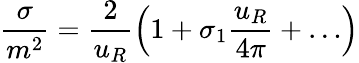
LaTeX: \frac{\sigma}{m^{2}}=\frac{2}{u_{R}}\left(1+\sigma_{1}\frac{u_{R}}{4\pi}+\ldots\right)